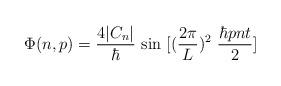
LaTeX: \begin{align*}\Phi(n,p) = {4 |C_n| \over\hbar}~{\rm sin}~[({2\pi \over L})^2~{\hbar p n t \over 2}]\end{align*}